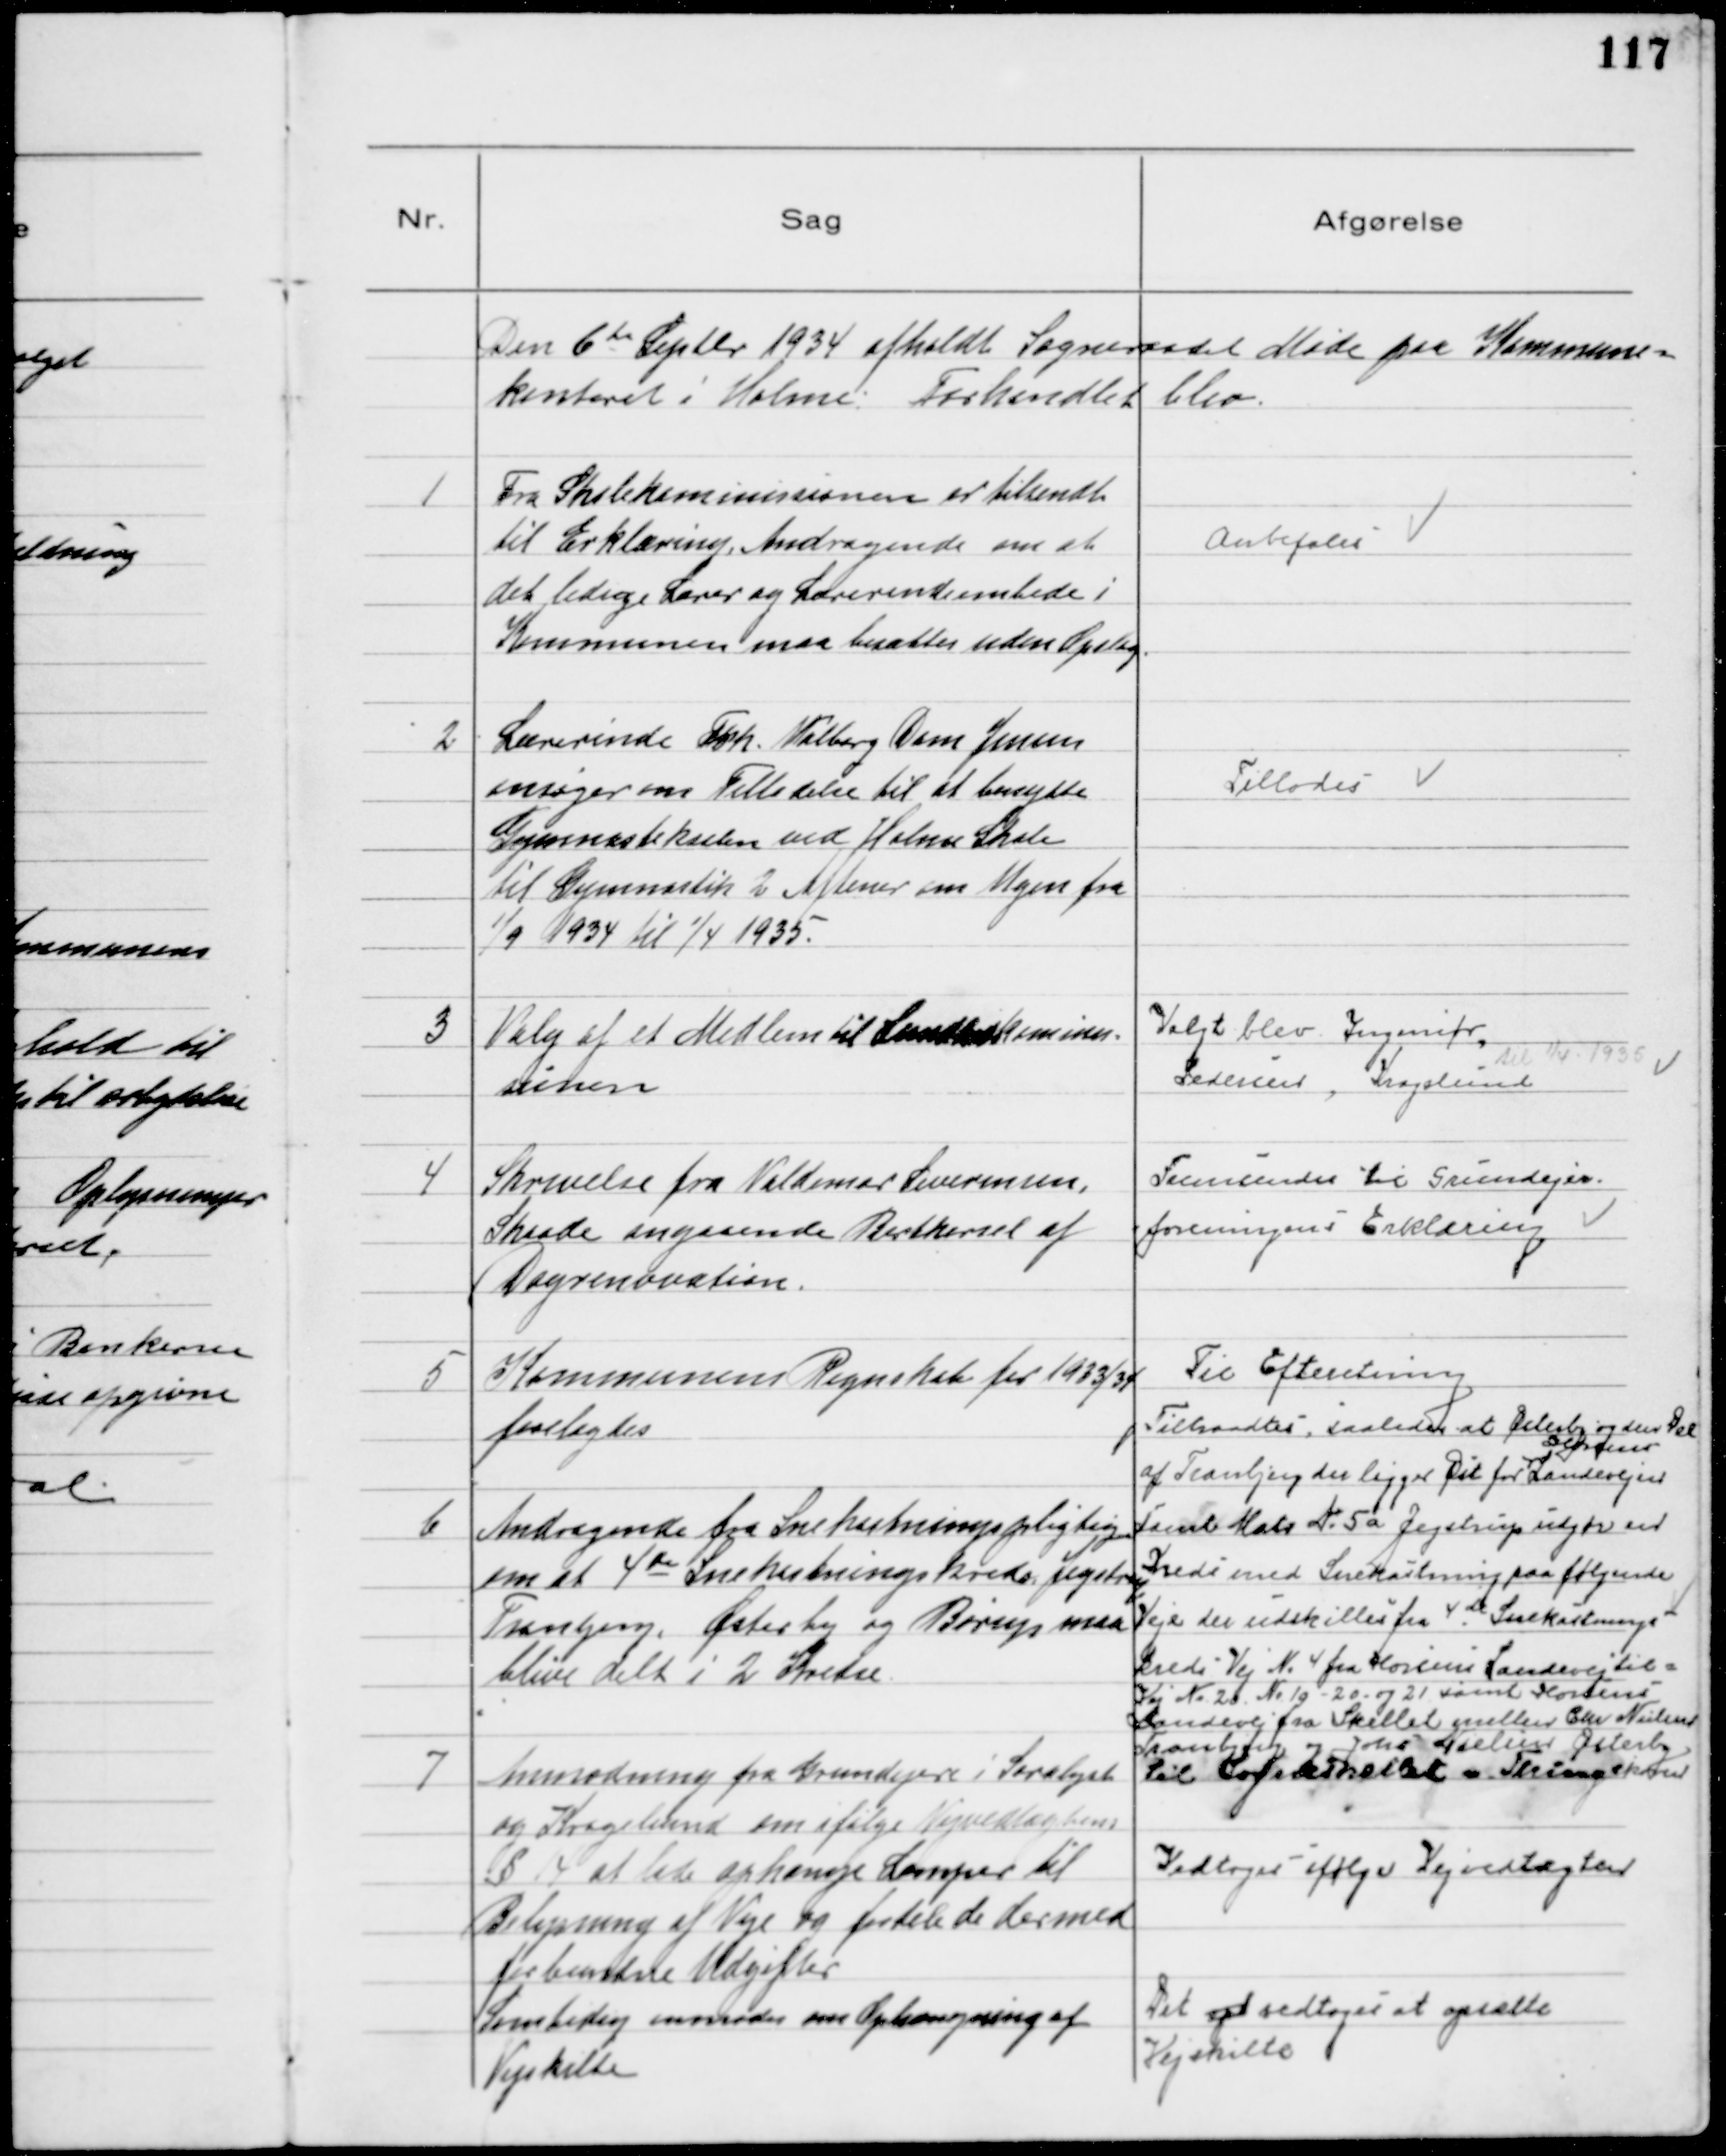
Transskription:
Den 6te Septbr 1934 afholdt Sogneraadet Møde paa Kommune=
kontoret i Holme. Forhandlet blev.

1
Fra Skolekommissionen er tilsendt
til Erklæring, Andragende om at
det ledige Lærer og Lærerindeembede i
Kommunen maa besættes uden Opslag.

Anbefales

2.
Lærerinde Frk. Valborg Dam Jensen
ansøger om Tilladelse til at benytte
Gymnastiksalen ved Holme Skole
til Gymnastik 2 Aftener om Ugen fra
1/9 1934 til 1/4 1935.

Tillodes

3
Valg af Medlem til Landbokommi=
sionen

Valgt blev Ingeniør,
Pedersen, Kragelund
til 1/4 1935

4
Skrivelse fra Valdemar Severinsen,
Skaade angaaende Bortkørsel af 
Dagrenovation.

Fremsendes til Grundejer-
-foreningens Erklæring

5
Kommunens Regnskab for 1933/34
forelagdes
Til Efteretning
6
Andragende fra Snekastningspligtige
om at 4de Snekastningskreds Jegstrup
Tranbjerg, Østerby og Børup maa
blive delt i 2 Kredse
Tiltraadtes, saaledes at Østerby og den Del
af Tranbjerg der ligger Øst for
Horsens
Landevejen
samt Matr № 5 a Jegstrup udgør en
Kreds med Snekastning paa følgende
Veje der udskilles fra 4de Snekastnings
kreds Vej № 4 fra Horsens Landevej til =
Vej № 20 № 19 - 20 - og 21 samt Horsens
Landevej fra Skellet mellem Chr Nielsen
Tranbjerg og Johs Nielsen Østerby
til Sogneskellet v. Thingskoven
7
Anmodning fra Grundejere i Saralyst
og Kragelund om ifølge Vejvedtægtens
§ 14 at lade ophænge Lamper til
Belysning af Veje og fordele de dermed
forbundne Udgifter
Vedtoges ifølge Vejvedtægten
Samtidig anmodes om Ophængning af
Vejskilte
Det vedtoges at opsætte
Vejskilte